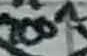
Text: 100n